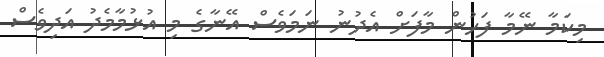
މިކަމާ ނޭމާ ފަހުން މާފަށް އެދުނު ނަމަވެސް އޭނާގެ މި އުޅުމާމެދު އަދިވެސް